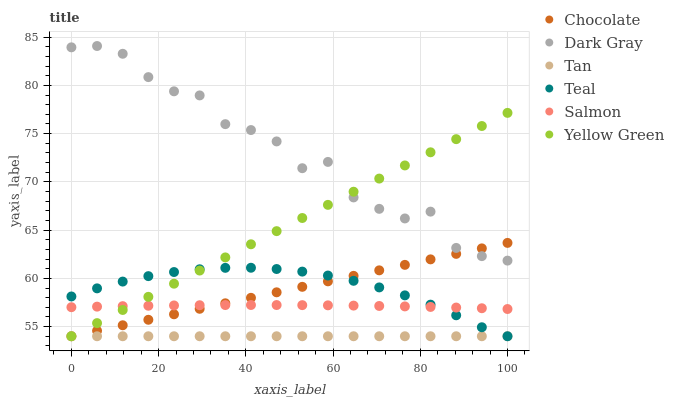
| xaxis_label | Chocolate | Dark Gray | Tan | Teal | Salmon | Yellow Green |
 | --- | --- | --- | --- | --- | --- | --- |
 | 0 | 54 | 83.9 | 54 | 58.1 | 57 | 54 |
 | 5.88 | 54.6 | 84.1 | 54 | 59 | 57.1 | 55.4 |
 | 11.8 | 55.1 | 83.3 | 54 | 59.7 | 57.1 | 56.7 |
 | 17.6 | 55.7 | 80.9 | 54 | 60.2 | 57.2 | 58.1 |
 | 23.5 | 56.3 | 79.4 | 54 | 60.7 | 57.2 | 59.4 |
 | 29.4 | 56.8 | 79 | 54 | 60.9 | 57.2 | 60.8 |
 | 35.3 | 57.4 | 76 | 54 | 61.1 | 57.2 | 62.2 |
 | 41.2 | 58 | 75.4 | 54 | 61.1 | 57.2 | 63.5 |
 | 47.1 | 58.6 | 74.2 | 54 | 61 | 57.2 | 64.9 |
 | 52.9 | 59.1 | 71.4 | 54 | 60.7 | 57.2 | 66.3 |
 | 58.8 | 59.7 | 72.1 | 54 | 60.3 | 57.2 | 67.6 |
 | 64.7 | 60.3 | 68.4 | 54 | 59.7 | 57.2 | 69 |
 | 70.6 | 60.8 | 67.2 | 54 | 59.1 | 57.1 | 70.3 |
 | 76.5 | 61.4 | 66.2 | 54 | 58.2 | 57.1 | 71.7 |
 | 82.4 | 62 | 66.9 | 54 | 57.3 | 57 | 73.1 |
 | 88.2 | 62.5 | 63.2 | 54 | 56.2 | 57 | 74.4 |
 | 94.1 | 63.1 | 62.3 | 54 | 54.9 | 56.9 | 75.8 |
 | 100 | 63.7 | 61.8 | 54 | 54 | 56.8 | 77.2 |